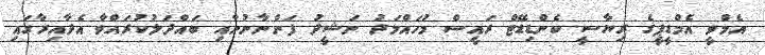
އެމްވީ އެމްޑީޕީގެ ރިޔާސީ ކެންޑިޑޭޓް ރައީސް މުހައްމަދު ނަޝީދު ފަންނާނުނާއި ބައްދަލުކުރައްވާ އެދާއިރާގައި